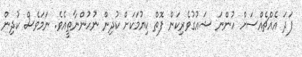
ފަދަ އެއްޗެއްސަށް ހުންނަ ޝައުގުވެރިކަން ފޮތް ކިޔުމަކަށް ކުދިން ނުހުންނާތީއެވެ. ނަމަވެސް ކުދިން